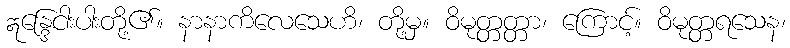
ဣန္ဒြေငါးပါးတို့၏။ နာနာကိလေသေဟိ၊ တို့မှ။ ဝိမုတ္တတ္တာ၊ ကြောင့်။ ဝိမုတ္တရသေန၊